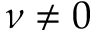
\nu \neq 0